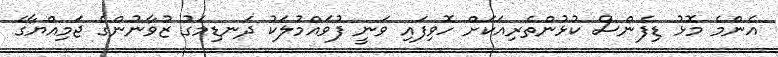
އެންމެ މޮޅު ޑިފެންސް ކުޅުންތެރިއަކަށް ހޮވިފައި ވަނީ ފުވައްމުލަކު ދަނޑިމަގު ޒުވާނުންގެ ޖަމިއްޔާގެ